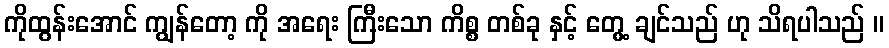
ကိုထွန်းအောင် ကျွန်တော့ ကို အရေး ကြီးသော ကိစ္စ တစ်ခု နှင့် တွေ့ ချင်သည် ဟု သိရပါသည် ။